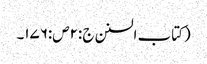
(کتاب السنن ج :۲ص:۱۷۶۔